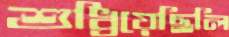
শুধ্‌রিয়েছিলি